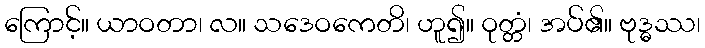
ကြောင့်။ ယာဝတာ၊ လ။ သဒေဝကေတိ၊ ဟူ၍။ ဝုတ္တံ၊ အပ်၏။ ဗုဒ္ဓဿ၊